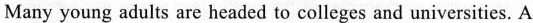
Many young adults are headed to colleges and universities. A